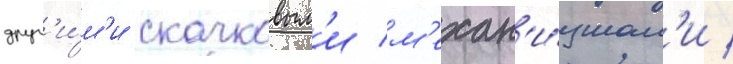
друг'и́м'и скачковым'и м'ехан'и́змам'и /